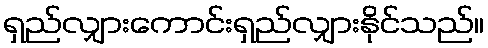
ရှည်လျှားကောင်းရှည်လျှားနိုင်သည်။